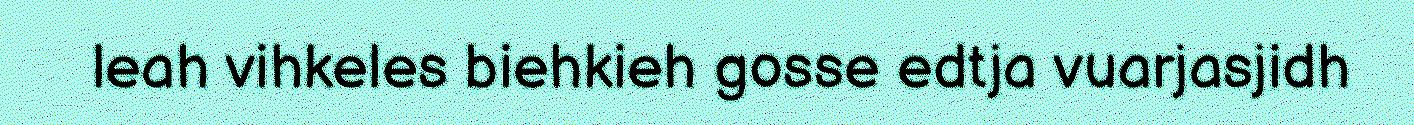
leah vihkeles biehkieh gosse edtja vuarjasjidh